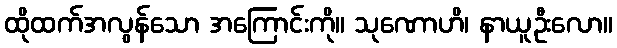
ထိုထက်အလွန်သော အကြောင်းကို။ သုဏောဟိ၊ နာယူဦးလော။